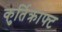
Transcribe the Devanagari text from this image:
कुर्तिक्राफ्ट